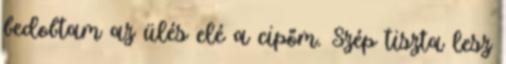
bedobtam az ülés elé a cipőm. Szép tiszta lesz